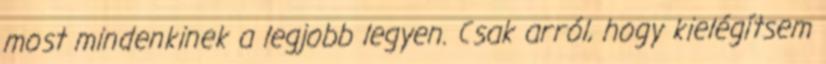
most mindenkinek a legjobb legyen. Csak arról, hogy kielégítsem